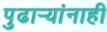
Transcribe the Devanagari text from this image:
पुढार्‍यांनाही